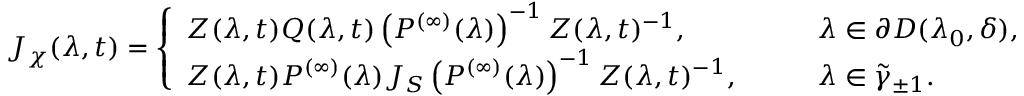
J _ { \chi } ( \lambda , t ) = \left\{ \begin{array} { l l } { Z ( \lambda , t ) Q ( \lambda , t ) \left( P ^ { ( \infty ) } ( \lambda ) \right) ^ { - 1 } Z ( \lambda , t ) ^ { - 1 } , } & { \qquad \lambda \in \partial D ( \lambda _ { 0 } , \delta ) , } \\ { Z ( \lambda , t ) P ^ { ( \infty ) } ( \lambda ) J _ { S } \left( P ^ { ( \infty ) } ( \lambda ) \right) ^ { - 1 } Z ( \lambda , t ) ^ { - 1 } , } & { \qquad \lambda \in \tilde { \gamma } _ { \pm 1 } . } \end{array} \right.